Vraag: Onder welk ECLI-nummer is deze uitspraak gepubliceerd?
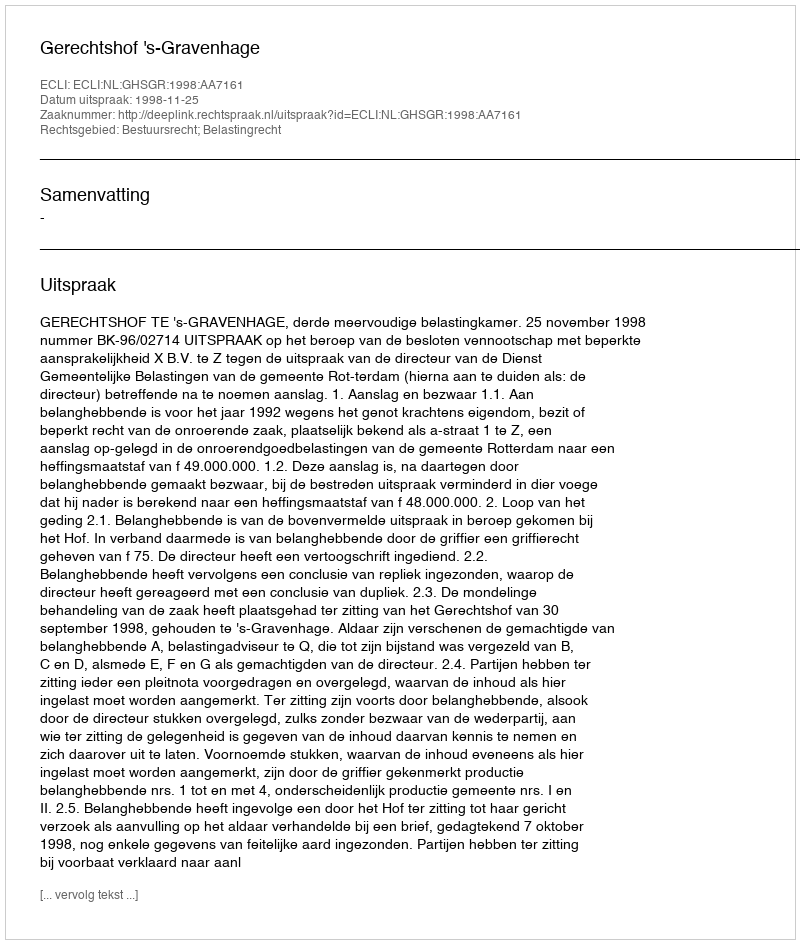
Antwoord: ECLI:NL:GHSGR:1998:AA7161